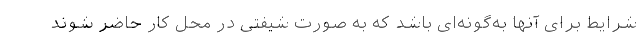
شرایط برای آنها به‌گونه‌ای باشد که به صورت شیفتی در محل کار حاضر شوند